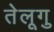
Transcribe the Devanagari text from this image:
तेलूगु